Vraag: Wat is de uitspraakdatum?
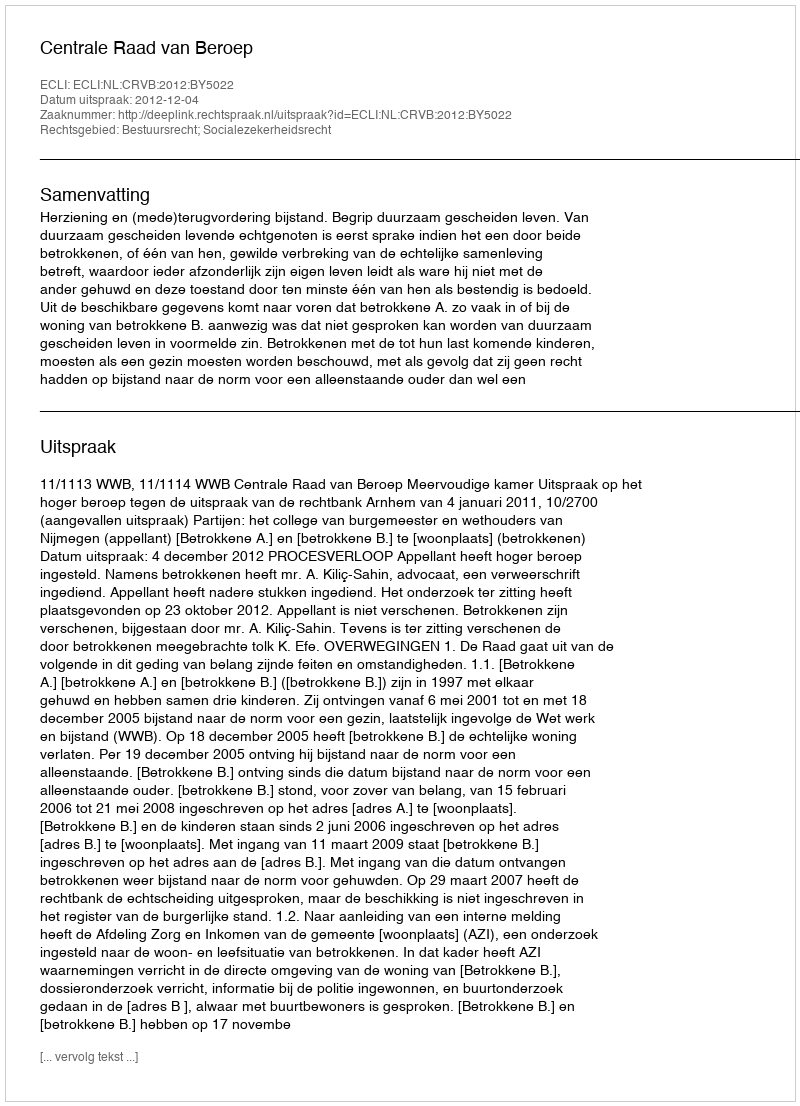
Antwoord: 2012-12-04